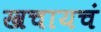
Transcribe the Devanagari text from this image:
खचायचं